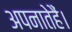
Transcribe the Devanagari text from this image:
अपनातेहैं।